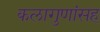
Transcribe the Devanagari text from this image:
कलागुणांसह